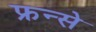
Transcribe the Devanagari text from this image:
फ्रन्से